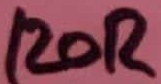
Text: 120R